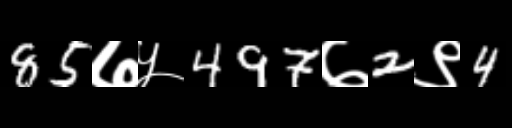
Text: 85७५497७2९4